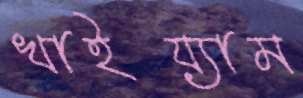
খাইয়্যাম